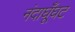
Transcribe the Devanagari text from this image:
नंदाघूँघट